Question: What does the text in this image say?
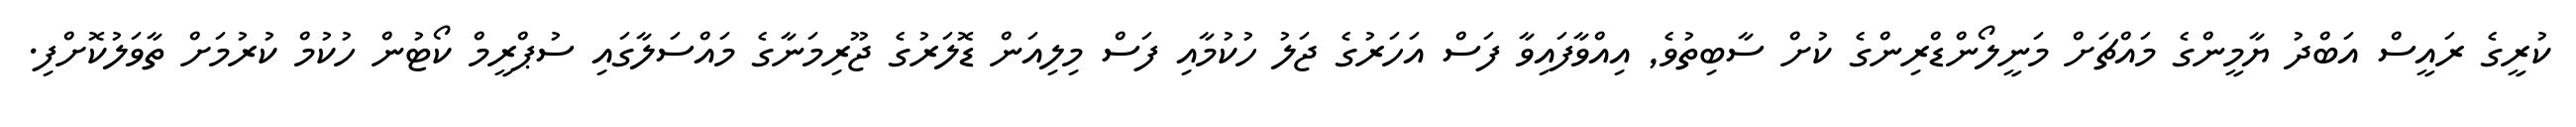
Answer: ކުރީގެ ރައީސް އަބްދު ޔާމީންގެ މައްޗަށް މަނީލޯންޑްރިންގެ ކުށް ސާބިތުވެ, އިއްވާފައިވާ ފަސް އަހަރުގެ ޖަލު ހުކުމާއި ފަސް މިލިއަން ޑޮލަރުގެ ޖޫރިމަނާގެ މައްސަލާގައި ސުޕްރީމް ކޯޓުން ހުކުމް ކުރުމަށް ތާވަލުކޮށްފި.